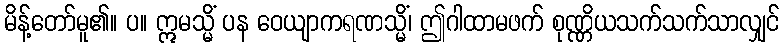
မိန့်တော်မူ၏။ ပ။ ဣမသ္မိံ ပန ဝေယျာကရဏသ္မိံ၊ ဤဂါထာမဖက် စုဏ္ဏိယသက်သက်သာလျှင်